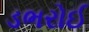
ડભરોઈ